Civil Veterinary Department. Madras. Admin. report 1926-33 - 1926-1933
Year: 1926
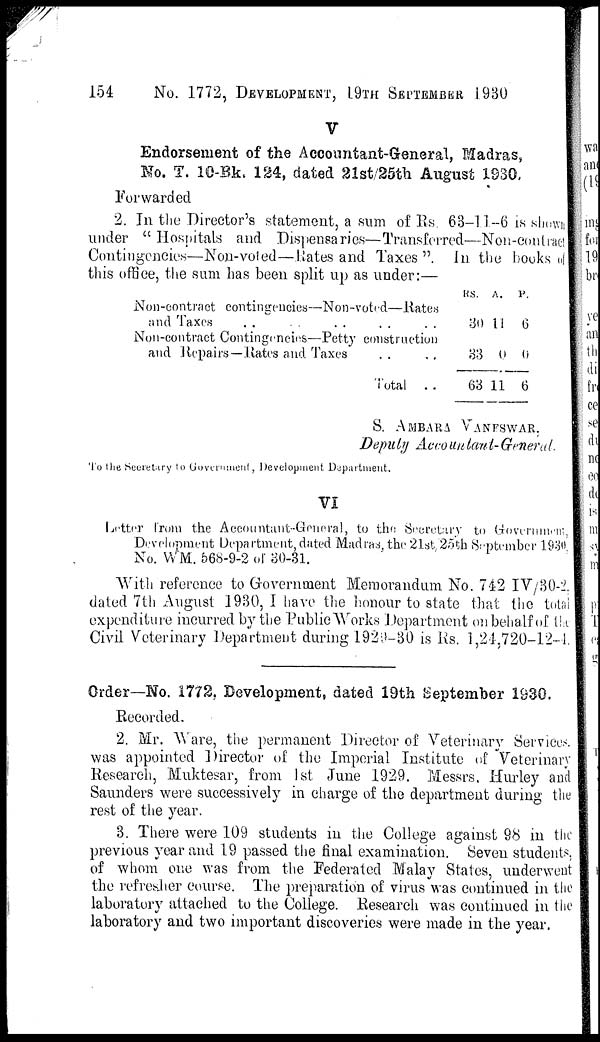
154
No. 1772, DEVELOPMENT, 19TH SEPTEMBER 1930
V
Endorsement of the Accountant-General, Madras,
No. T. 10-Bk. 124, dated 21st/25th August 1930,
Forwarded
2. In the Director's statement, a sum of Rs. 63-11-6 is shown
under " Hospitals and Dispensaries—Transferred—Non-contract
Contingencies—Non-voted—Rates and Taxes ". In the books of
this office, the sum has been split up as under:—
Non-contract contingencies—Non-voted—Rates
and Taxes
Non-contract Contingencies—Petty construction
and Repairs—Rates and Taxes .. ..
Total ..
RS.
30
33
63
A.
11
0
11
P.
6
0
6
S. AMBARA VANESWAR.
Deputy
Accountant-General.
To the Secretary to Government, Development Department.
VI
Letter from the Accountant-General, to the Secretary to Government,
Development Department, dated Madras, the 21st, 25th September 1930
No. WM. 568-9-2 of 30-31.
With reference to Government Memorandum No. 742 IV/30-2.
dated 7th August 1930, I have the honour to state that the total
expenditure incurred by the Public Works Department on behalf of the
Civil Veterinary Department during 1929-30 is Rs. 1,24,720-12-4.
Order—No. 1772, Development, dated 19th September 1930.
Recorded.
2. Mr. Ware, the permanent Director of Veterinary Services.
was appointed Director of the Imperial Institute of Veterinary
Research, Muktesar, from 1st June 1929. Messrs. Hurley and
Saunders were successively in charge of the department during the
rest of the year.
3. There were 109 students in the College against 98 in the
previous year and 19 passed the final examination. Seven students,
of whom one was from the Federated Malay States, underwent
the refresher course. The preparation of virus was continued in the
laboratory attached to the College. Research was continued in the
laboratory and two important discoveries were made in the year.